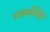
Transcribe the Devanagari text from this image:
मयमन्सिंह